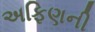
અફિણની